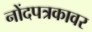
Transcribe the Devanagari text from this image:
नोंदपत्रकावर